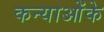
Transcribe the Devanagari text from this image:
कन्याओंके